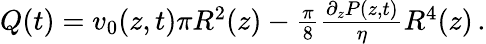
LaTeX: \begin{array}{r}{Q(t)=v_{0}(z,t)\pi R^{2}(z)-\frac{\pi}{8}\frac{\partial_{z}P(z,t)}{\eta}R^{4}(z)\, .}\end{array}